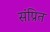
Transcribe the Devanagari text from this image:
संप्रित